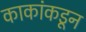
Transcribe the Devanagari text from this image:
काकांकडून